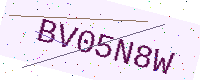
Text: BV05N8W